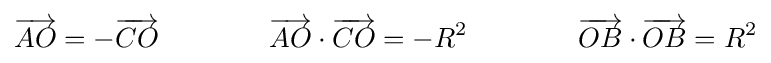
{\overrightarrow {AO}}=-{\overrightarrow {CO}}\qquad \qquad {\overrightarrow {AO}}\cdot {\overrightarrow {CO}}=-R^{2}\qquad \qquad {\overrightarrow {OB}}\cdot {\overrightarrow {OB}}=R^{2}